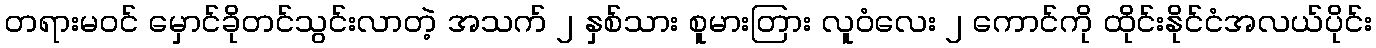
တရားမဝင် မှောင်ခိုတင်သွင်းလာတဲ့ အသက် ၂ နှစ်သား စူမားတြား လူဝံလေး ၂ ကောင်ကို ထိုင်းနိုင်ငံအလယ်ပိုင်း